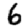
Digit: 6